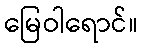
မြေဝါရောင်။